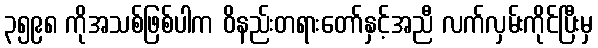
၃၅၉၈ ကိုအသစ်ဖြစ်ပါက ဝိနည်းတရားတော်နှင့်အညီ လက်လှမ်းကိုင်ပြီးမှ